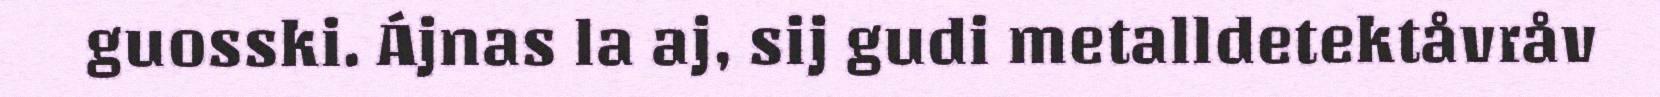
guosski. Ájnas la aj, sij gudi metalldetektåvråv